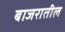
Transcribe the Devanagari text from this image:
बाजरातील